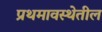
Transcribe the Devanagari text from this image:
प्रथमावस्थेतील